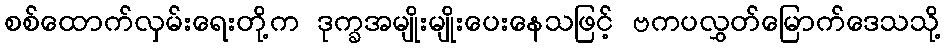
စစ်ထောက်လှမ်းရေးတို့က ဒုက္ခအမျိုးမျိုးပေးနေသဖြင့် ဗကပလွှတ်မြောက်ဒေသသို့